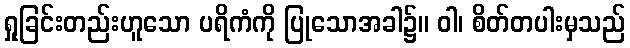
ရှုခြင်းတည်းဟူသော ပရိကံကို ပြုသောအခါ၌။ ဝါ၊ စိတ်တပါးမှသည်